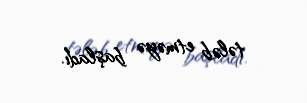
tələb etməyə başladı.